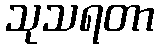
သုသရတာ